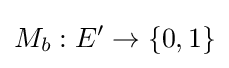
M_{b}:E'\to \{0,1\}